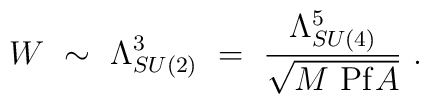
W~\sim~\Lambda_{SU(2)}^3~=~ {\Lambda_{SU(4)}^5 \over \sqrt{M~ {\rm Pf} A}}~.